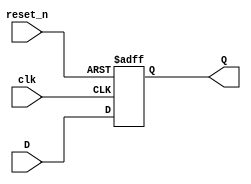
`timescale 1ns / 1ps
//////////////////////////////////////////////////////////////////////////////////
// Company: 
// Engineer: 
// 
// Design Name: 
// Module Name: D_FF
// Project Name: 
// Target Devices: 
// Tool Versions: 
// Description: 
// 
// Dependencies: 
// 
// Revision:
// Revision 0.01 - File Created
// Additional Comments:
// 
//////////////////////////////////////////////////////////////////////////////////


module D_FF(
input clk,
input reset_n,
input D,
output reg Q
    );
    
 always @ (posedge clk, negedge reset_n)
 begin
 if(!reset_n)
 Q <= 'b0;
 else
 Q <= D;
 end
endmodule